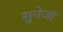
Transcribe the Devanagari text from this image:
सुनेजा